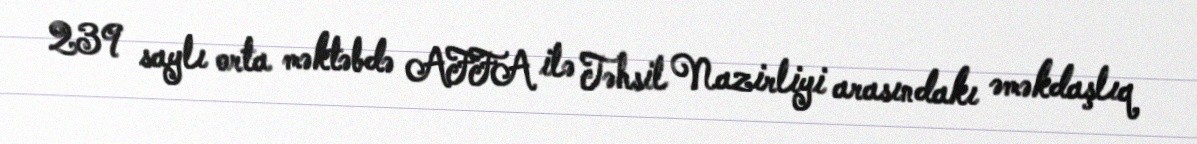
239 saylı orta məktəbdə AFFA ilə Təhsil Nazirliyi arasındakı əməkdaşlıq